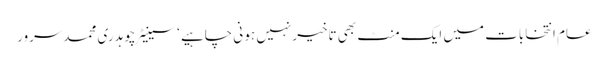
عام انتخابات میں ایک منٹ بھی تاخیرنہیں ہو نی چاہیے ‘ سینیٹرچوہدری محمدسرور